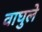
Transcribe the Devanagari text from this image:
वाघुले